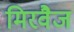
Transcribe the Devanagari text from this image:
मिरवैज